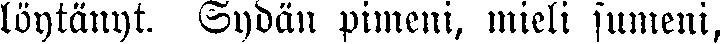
löytänyt. Sydän pimeni, mieli sumeni,